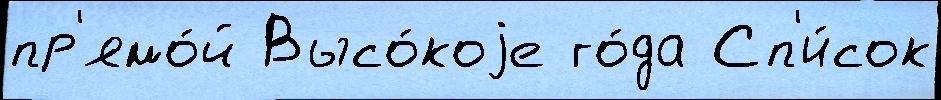
пр'ямо́й Высо́коjе го́да Сп'и́сок